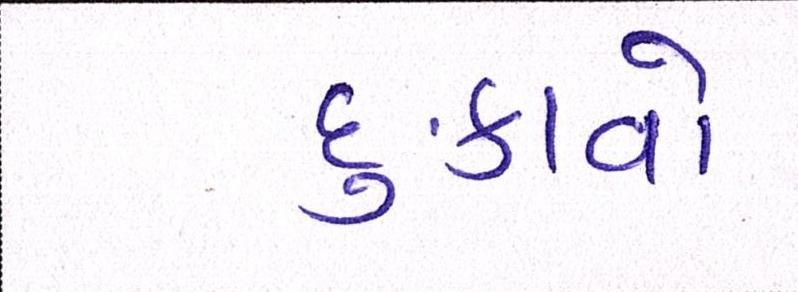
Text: દુઃકાવો